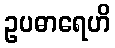
ဥပဓာရေဟိ